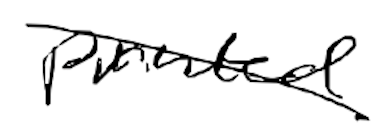
Text: printed
Cross-out: diagonal
Writing tool: digital_black